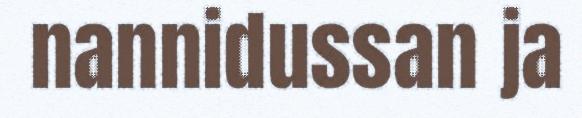
nannidussan ja